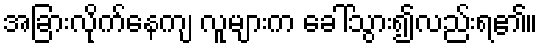
အခြားလိုက်နေကျ လူများက ခေါ်သွား၍လည်းရ၏။